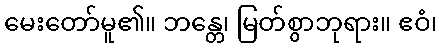
မေးတော်မူ၏။ ဘန္တေ၊ မြတ်စွာဘုရား။ ဧဝံ၊